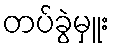
တပ်ခွဲမှူး